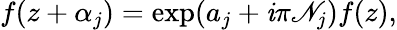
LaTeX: f(z+\alpha_{j})=\exp(a_{j}+\mathit{i}\pi\mathscr{N}_{j})f(z),